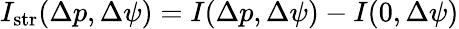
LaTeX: I_{\mathrm{str}}(\Delta p,\Delta\psi)=I(\Delta p,\Delta\psi)-I(0,\Delta\psi)